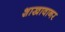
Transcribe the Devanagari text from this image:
शाखावानर